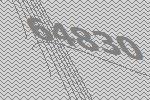
64830